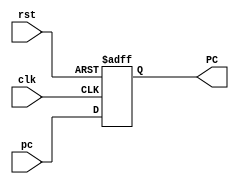
`timescale 1ns / 1ps

module PC (
    input clk,
    input rst,  //
    input [31:0] pc,
    output reg [31:0] PC
    );

    always @(posedge clk,posedge rst) begin
        if(rst)
        PC<=32'b0;
        else
        PC<=pc;
    end
endmodule //PC